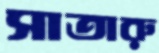
সাতারু